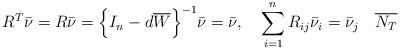
LaTeX: \begin{align*} R^T\bar{\nu} = R\bar{\nu} = \Bigl\{I_n-d\overline{W}\Bigr\}^{-1}\bar{\nu} = \bar{\nu}, \quad\sum_{i=1}^nR_{ij}\bar{\nu}_i = \bar{\nu}_j \quad\overline{N_T}\end{align*}